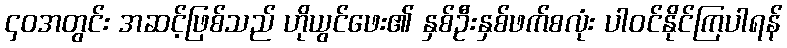
၄၀အတွင်း အဆင့်ဖြစ်သည် ဟိုယွင်ဖေး၏ နှစ်ဦးနှစ်ဖက်စလုံး ပါဝင်နိုင်ကြပါရန်